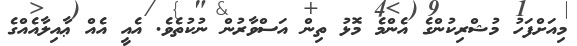
މިއަށްފަހު މުޝްރިކުންގެ އެންމެ މޮޅު ތިން އަސްވާރުން ނުކުތެވެ. އެއީ އެއް ޢާއިލާއެއްގެ